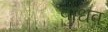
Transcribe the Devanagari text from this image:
बाधव